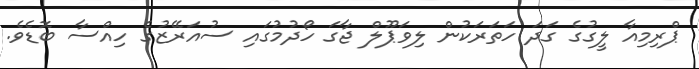
ޕްރިމިއާ ލީގުގެ ގަދަ ހަތަރަކުން ލިވަޕޫލް ޖާގަ ހޯދުމުގައި ސުއަރޭޒުގެ ހިއްސާ ބޮޑެވެ.